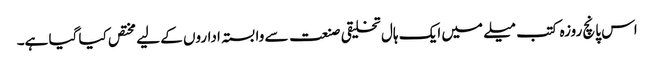
اس پانچ روزہ کتب میلے میں ایک ہال تخلیقی صنعت سے وابستہ اداروں کے لیے مختص کیا گیا ہے۔